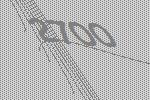
2700